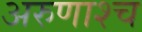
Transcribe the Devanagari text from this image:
अरुणाश्‍च